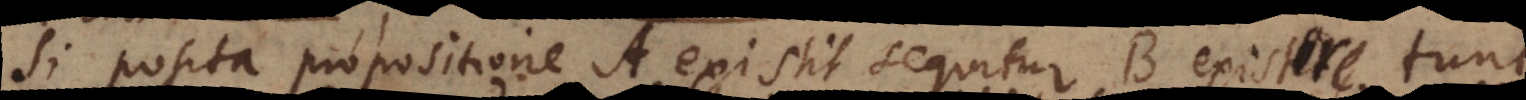
Si posita propositione A existit sequitur B existit